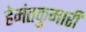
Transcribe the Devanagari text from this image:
हेमंतकुमारी